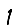
Digit: 1